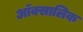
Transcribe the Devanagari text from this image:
ऑक्सालिक